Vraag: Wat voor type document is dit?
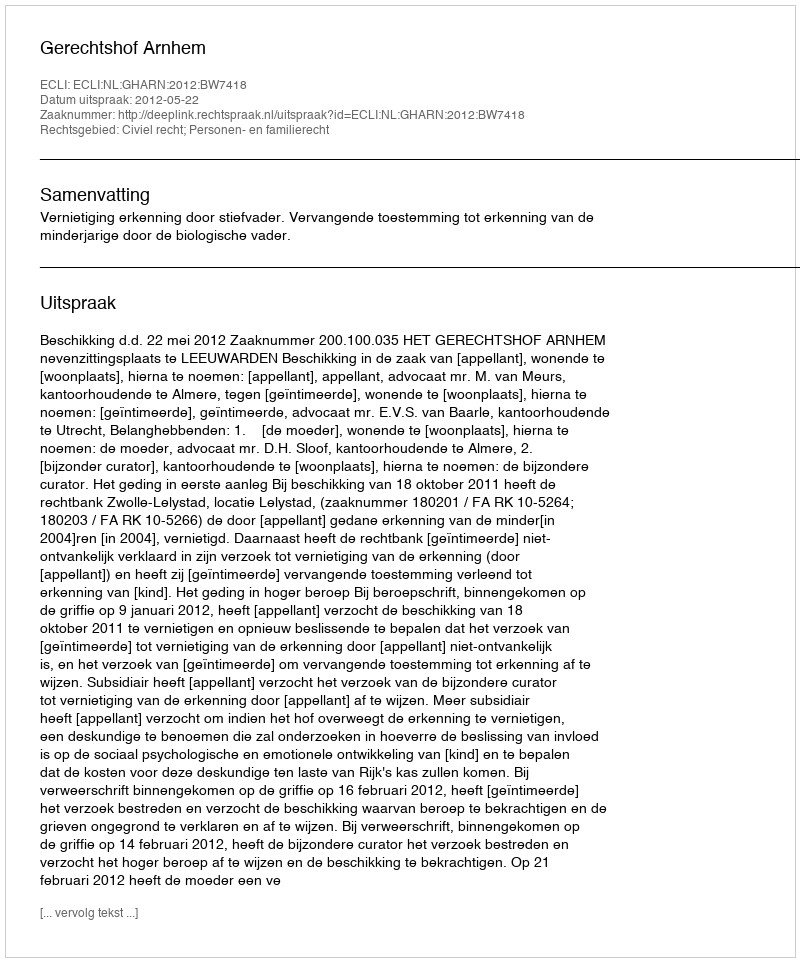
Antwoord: Uitspraak